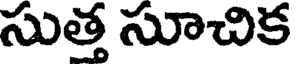
సుత్త సూచిక